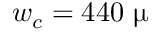
w _ { c } = 4 4 0 \ \upmu